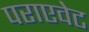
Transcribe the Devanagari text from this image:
पराएवेट